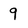
Character: 9